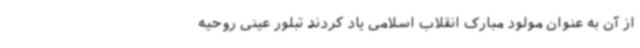
از آن به عنوان مولود مبارک انقلاب اسلامی یاد کردند تبلور عینی روحیه